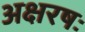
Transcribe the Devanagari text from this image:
अक्षरषः